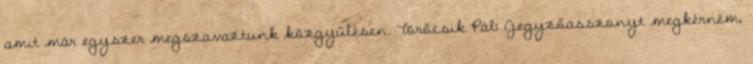
amit már egyszer megszavaztunk közgyűlésen. Törőcsik Pál: Jegyzőasszonyt megkérném,